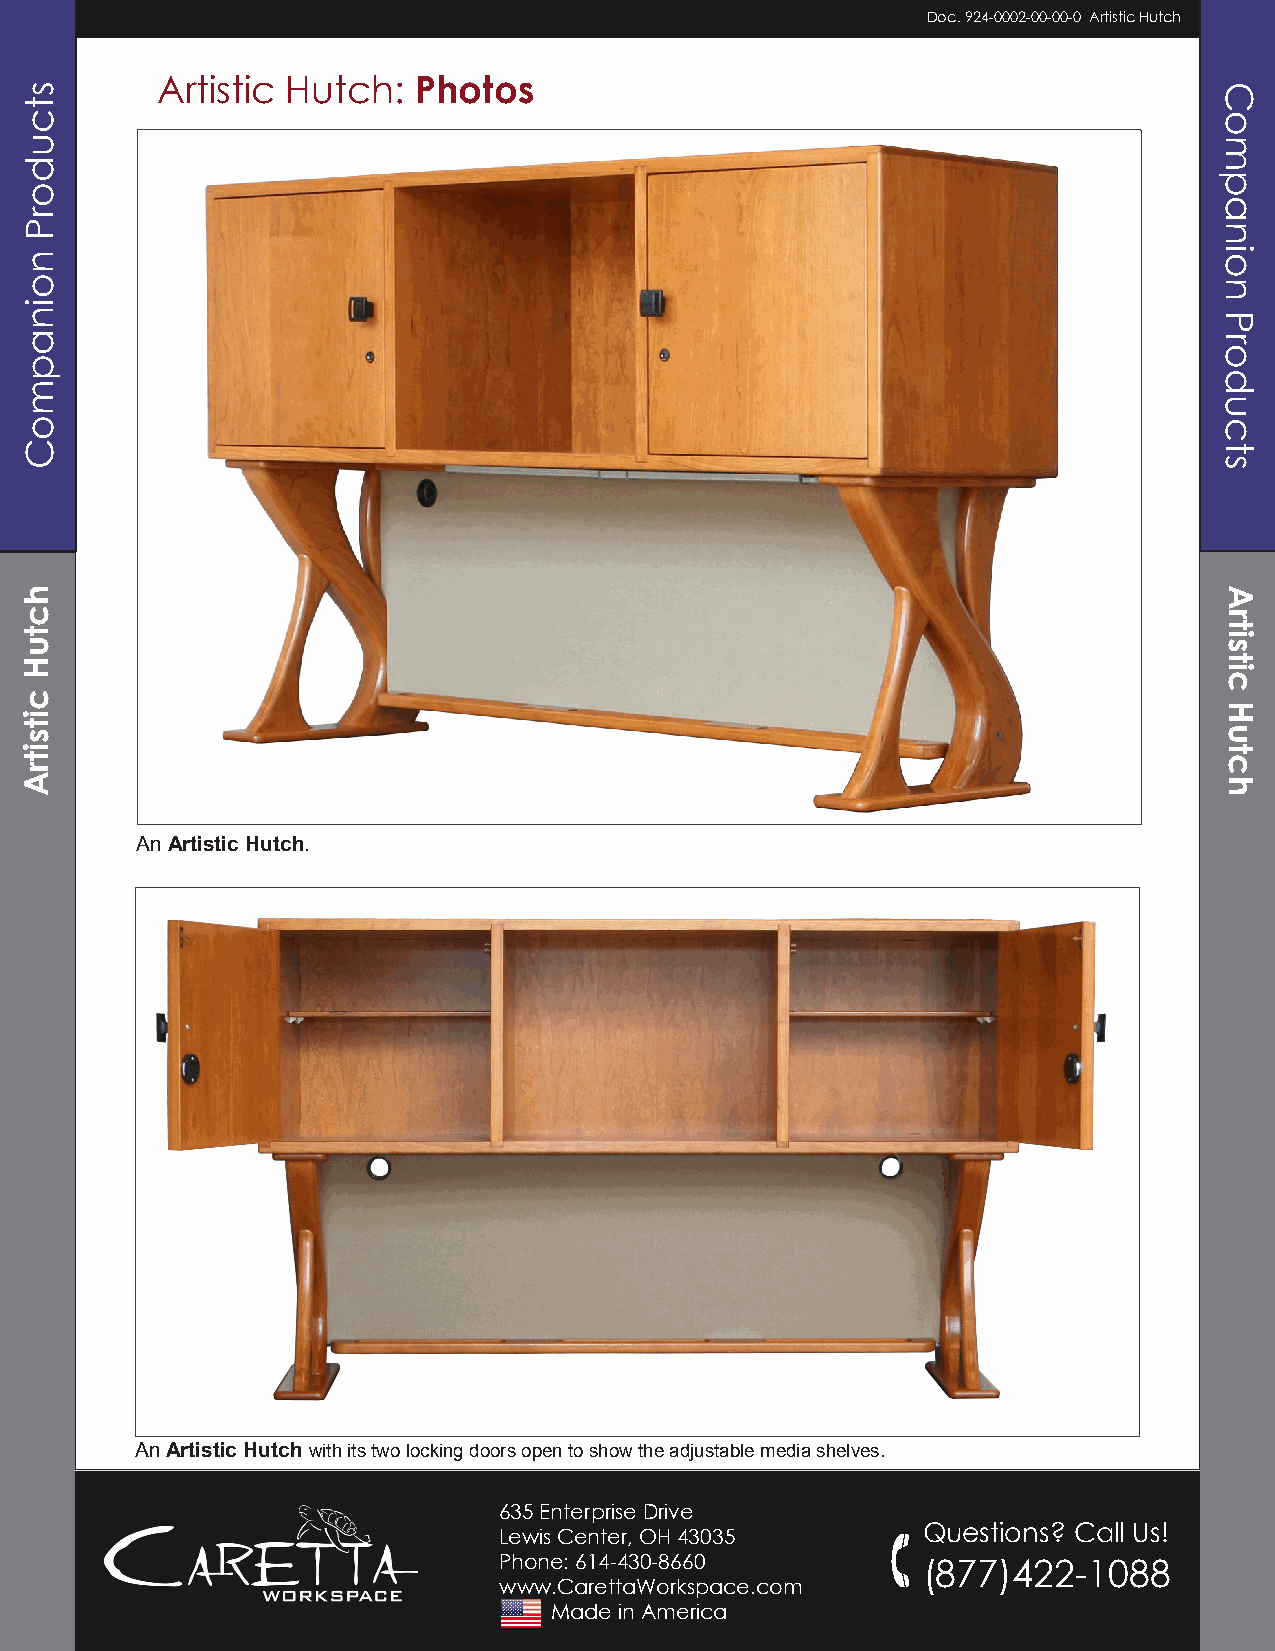
Doc. 924-0002-00-00-0 Artistic Hutch
 Artistic Hutch:  Photos
 An Artistic Hutch.
 An Artistic Hutch with its two locking doors open to show the adjustable media shelves.
 635 Enterprise Drive
 Lewis Center, OH 43035      Questions? Call Us!
 Phone: 614-430-8660
 (877)422-1088
 www.CarettaWorkspace.com
 Made in America
 stcudorP
 noinapmoC
 hctuH
 citsitrA
 Companion
 Products
 Artistic
 Hutch